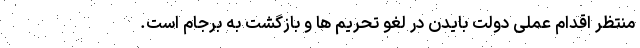
منتظر اقدام عملی دولت بایدن در لغو تحریم ها و بازگشت به برجام است.